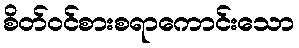
စိတ်ဝင်စားစရာကောင်းသော